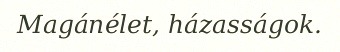
Magánélet, házasságok.